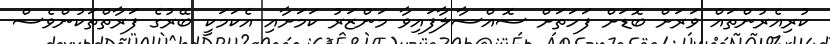
ކުރިއެރުންތައް ވަަރަށް ބޮޑަށް ފަހަތަށް ސޮއްސާލާފައިވާ މަންޒަރު ކަމަށާއި އެކަމަކީ ބޭރުގެ ފަރާތްތަކުންވެސް